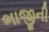
ભાજીની